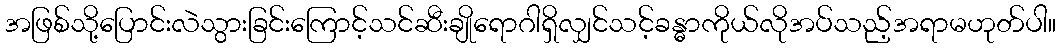
အဖြစ်သို့ပြောင်းလဲသွားခြင်းကြောင့်သင်ဆီးချိုရောဂါရှိလျှင်သင့်ခန္ဓာကိုယ်လိုအပ်သည့်အရာမဟုတ်ပါ။